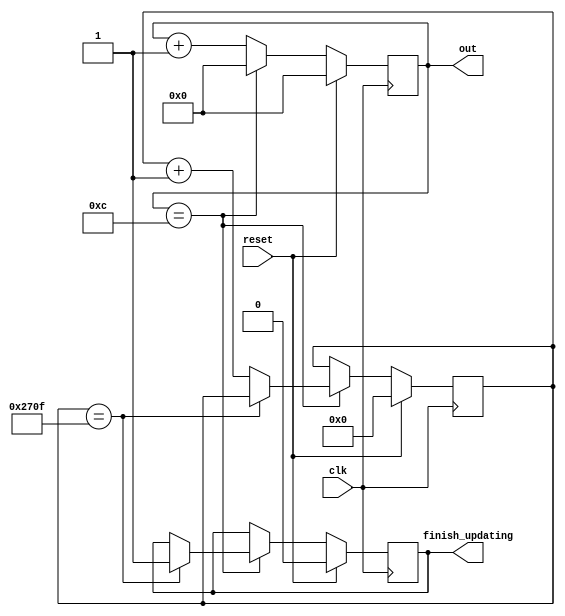
`timescale 1ns / 1ps
//////////////////////////////////////////////////////////////////////////////////
// Company: Kyushu Institute of Technology
// 
// Design Name: Neural Network (using backpropagation)
// Module Name:    counter
// Project Name: LSI Design Contest in Okinawa 2018
// Target Devices: 
// Tool versions: 
//
// Description: 
// 	counter for signal to insert in k1, k2, t1 and t2
// Input:
//		clk				: 1 bit
//		reset 			: 1 bit : high active
// Output: 
//		out				: 4 bits 0000 unsigned: active after during renewal of parameter
//      finish_updating : 1 bit  : 
// Latency:
// 
// Dependencies: 
//
// Revision: 
// Revision 0.01 - File Created
// Name : date : what changed
// Additional Comments: 
//
//////////////////////////////////////////////////////////////////////////////////
module counter (  input clk,
                  input reset,
                  output reg [3:0] out,
                  output reg finish_updating);
  parameter N=13;                        // Number of clock for 1 renewal
  parameter M=10000;                     // Number of updating 
  
  reg [15:0] Nupdate;
 
  always @ (posedge clk) begin
    if (reset==1)
      out <= 0;
    else if(out==(N-1))
      out <= 4'b0000;
    else 
      out <= out + 4'b0001;
  end
  
  always @ (posedge clk) begin
    if (reset==1)
    begin
      Nupdate <= 0;
      finish_updating <= 0;
    end
    else if(out==(N-1))
    begin
        if(Nupdate == (M-1))
        begin
            finish_updating <= 1;
            Nupdate <= Nupdate;
        end
        else
        begin
              Nupdate <= Nupdate + 16'd1;
              finish_updating <= finish_updating;
        end
    end
    else
    begin 
      Nupdate <= Nupdate;
      finish_updating <= finish_updating;
    end
  end
  
endmodule